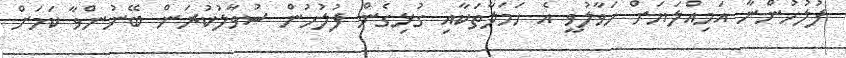
ފުލުހުންނާ އަމިއްލަޔަށް ހަވާލުވީ އެ ހަމަލާތަކާއި ގުޅިގެން ފުލުހުން ސުވާލުކުރަން ބޭނުންވާ ކަމަށް